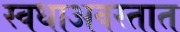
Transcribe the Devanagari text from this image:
स्वधाअवस्तात